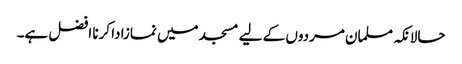
حالانکہ مسلمان مردوں کے لیے مسجد میں نمازادا کرنا افضل ہے۔